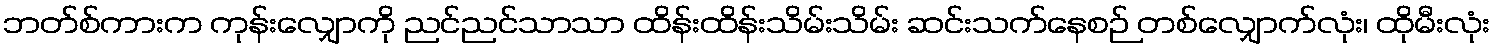
ဘတ်စ်ကားက ကုန်းလျှောကို ညင်ညင်သာသာ ထိန်းထိန်းသိမ်းသိမ်း ဆင်းသက်နေစဉ် တစ်လျှောက်လုံး၊ ထိုမီးလုံး